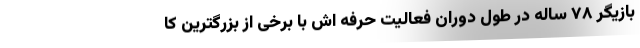
بازیگر ۷۸ ساله در طول دوران فعالیت حرفه اش با برخی از بزرگترین کا